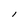
Character: l